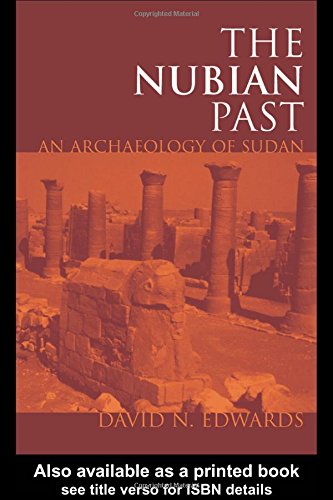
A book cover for The Nubian Past; David N. Edwards; History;